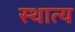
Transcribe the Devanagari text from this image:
स्थात्य